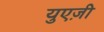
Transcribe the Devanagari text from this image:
युएज़ी